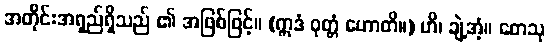
အတိုင်းအရှည်ရှိသည် ၏ အဖြစ်ဖြင့်။ (ဣဒံ ဝုတ္တံ ဟောတိ။) ဟိ၊ ချဲ့အံ့။ တေသု